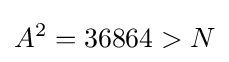
A^{2}=36864>N